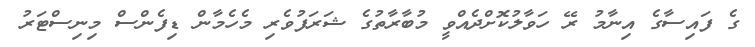
ގެ ފައިސާގެ އިނާމު ރޭ ހަވާލުކޮށްދެއްވީ މުބާރާތުގެ ޝަރަފުވެރި މެހެމާން ޑިފެންސް މިނިސްޓަރު